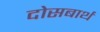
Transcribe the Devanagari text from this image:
दोसबार्थ